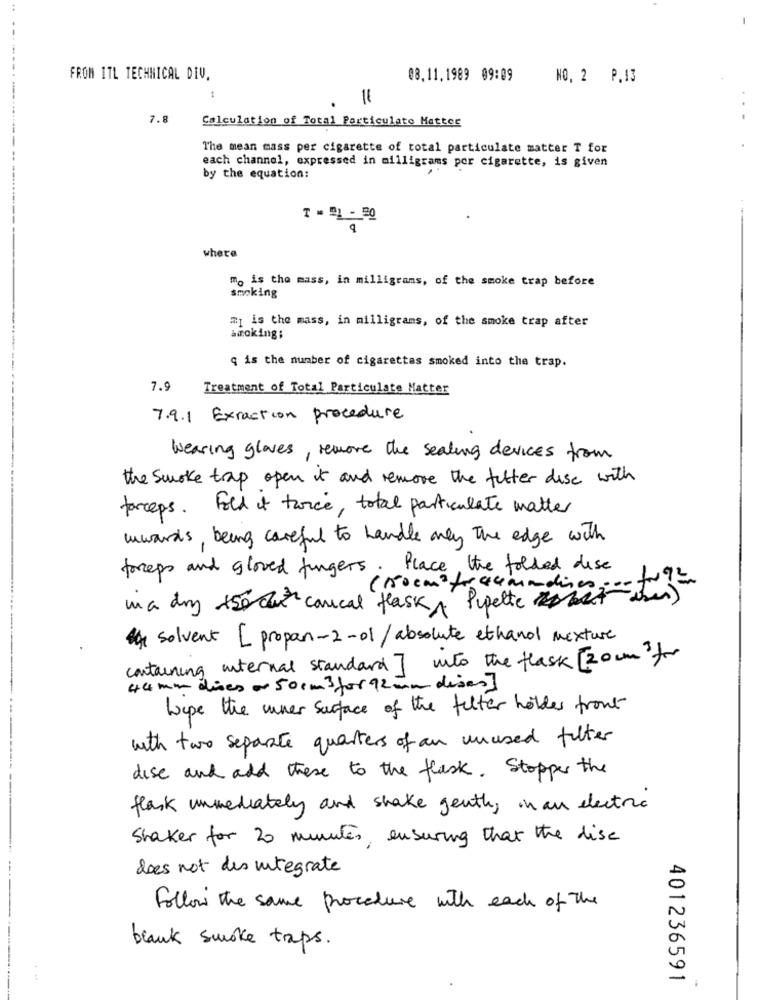
FROM 1TL TECHNICAL DIV.
08.11.1989 09:09
NO. 2 P.13
7.8
Calculation of Total Particulate Matter
The mean mass per cigarette of total particulate matter T for
each channel, expressed in milligrams por cigarette, is given
by the equation:
where
m. is the mass, in milligrams, of the smoke trap before
smoking
7] is the mass, in milligrams, of the smoke trap after
smoking;
q is the number of cigarettes smoked into the trap.
7.9
Treatment of Total Particulate Matter
7.9.1 Exraction procedure
wearing gloves, remove the sealing devices from
the smoke tap open it and remove the fitter disc with
forceps. Fold it twice, total particulate matter
awards, being careful to handle only the edge with
forceps and gloved fingers. Place, the folded desc
( Roem ? frau mandies :- tm)
in a dry +50 az caucal flask Pipette out
the solvent [ propan-2-01/absolute ethanol nexture
containing internal standard ] wto the flask [20cmfor
44 mm dises ar 50 cm 3 for 92 mm dises]
hope the uner surface of the filter holdes front
with two separate quarters of an unused filter
dise and add these to the flask. Stopper the
flask immediately and shake gently in an electric
Shaker for 20 minutes, ensuring that the disc
---
does not des integrate
A
Follow the same procedure with each of the
N
blank smoke taps.
-
401236591